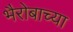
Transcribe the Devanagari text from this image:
भैरोबाच्या